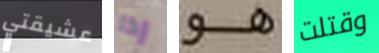
عشيقتي إذا هو وقتلت